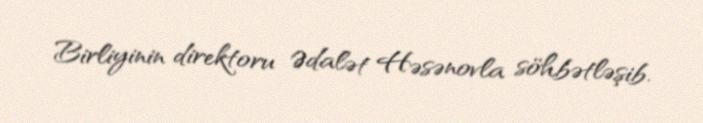
Birliyinin direktoru Ədalət Həsənovla söhbətləşib.